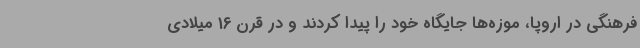
فرهنگی در اروپا، موزه‌ها جایگاه خود را پیدا کردند و در قرن 16 میلادی